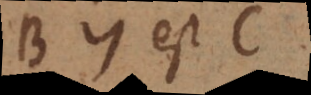
B A est C